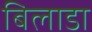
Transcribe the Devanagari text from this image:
बिलाडा